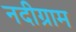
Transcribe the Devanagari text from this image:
नदीग्राम